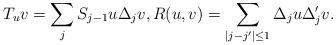
LaTeX: \begin{align*}T_uv=\sum_jS_{j-1}u\Delta_jv,R(u,v)=\sum_{|j-j'|\leq 1}\Delta_ju\Delta_j'v.\end{align*}